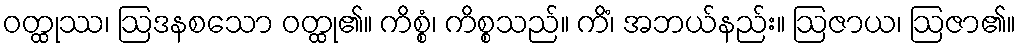
ဝတ္ထုဿ၊ ဩဒနစသော ဝတ္ထု၏။ ကိစ္စံ၊ ကိစ္စသည်။ ကိံ၊ အဘယ်နည်း။ ဩဇာယ၊ ဩဇာ၏။